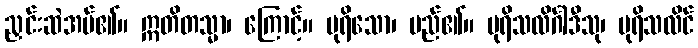
ညှင်းဆဲအပ်၏။ ဣတိတသ္မာ၊ ကြောင့်။ ပုရိသော၊ မည်၏။ ပုရိသလိင်္ဂါဒီသု၊ ပုရိသလိင်